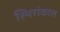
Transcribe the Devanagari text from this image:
स्थिरांकास